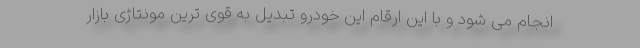
انجام می شود و با این ارقام این خودرو تبدیل به قوی ترین مونتاژی بازار